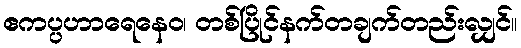
ဧကပ္ပဟာရေနေဝ၊ တစ်ပြိုင်နက်တချက်တည်းလျှင်။